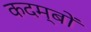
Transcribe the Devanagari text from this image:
कदम्बों